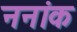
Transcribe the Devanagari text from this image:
ननांक